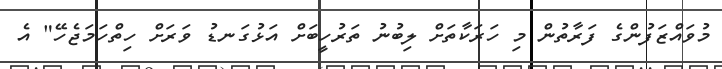
މުވައްޒަފުންގެ ފަރާތުން މި ހަރަކާތަށް ލިބުނު ތަރުހީބަށް އަޅުގަނޑު ވަރަށް ހިތްހަމަޖެހޭ" އެ